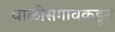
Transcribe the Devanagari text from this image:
चाळीसगावकडून